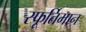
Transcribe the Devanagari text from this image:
स्फूर्तिमान